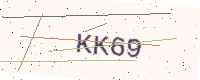
Text: KK69